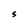
Character: S